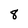
Character: 8